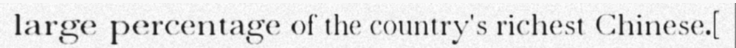
large percentage of the country's richest Chinese.[